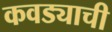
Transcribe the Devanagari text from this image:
कवड्याची